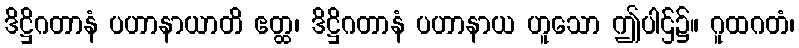
ဒိဋ္ဌိဂတာနံ ပဟာနာယာတိ ဧတ္ထ၊ ဒိဋ္ဌိဂတာနံ ပဟာနာယ ဟူသော ဤပါဌ်၌။ ဂူထဂတံ၊